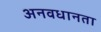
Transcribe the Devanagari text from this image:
अनवधानता